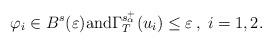
LaTeX: \begin{align*}\varphi _i\in B^s(\varepsilon) \mbox{and} \Gamma _T^{s_\alpha^+}(u_i)\leq \varepsilon \, ,\; i=1,2.\end{align*}